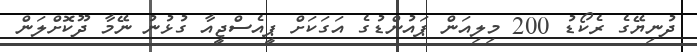
ދުނިޔޭގެ ރެކޯޑު 200 މިލިއަން ޕައުންޑުގެ އަގަކަށް ޕީއެސްޖީއާ ގުޅުނު ނޭމާ ދޫކޮށްލަން